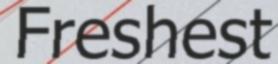
Freshest